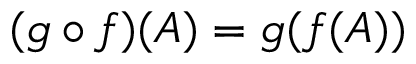
( g \circ f ) ( A ) = g ( f ( A ) )